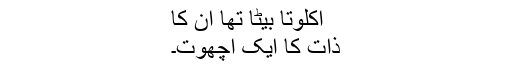
اکلوتا بیٹا تھا اُن کا
ذات کا ایک اچھوت۔